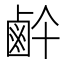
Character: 𱊶